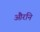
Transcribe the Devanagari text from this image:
औरनि